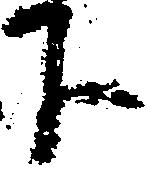
下